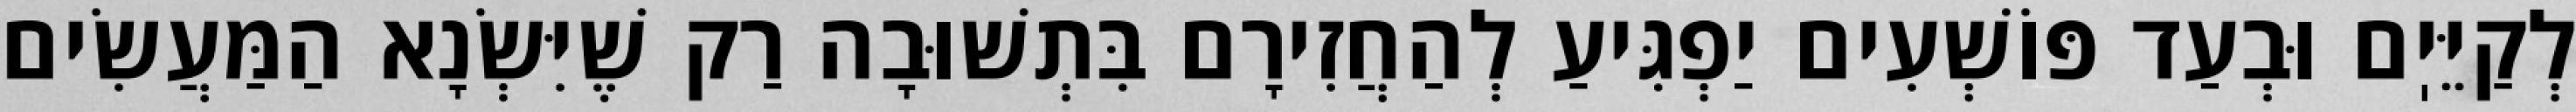
לְקַיֵּיֽם וּבְעַד פּוֹשְׁעִים יַפְגִּיעַ לְהַחֲזִירָם בִּתְשׁוּבָה רַק שֶׁיִּשְׂנָא הַמַּעֲשִׂים